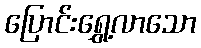
ပြောင်းရွှေ့လာသော